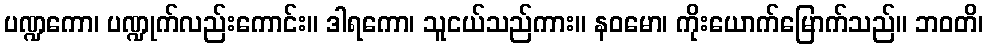
ပဏ္ဍကော၊ ပဏ္ဍုက်လည်းကောင်း။ ဒါရကော၊ သူငယ်သည်ကား။ နဝမော၊ ကိုးယောက်မြောက်သည်။ ဘဝတိ၊